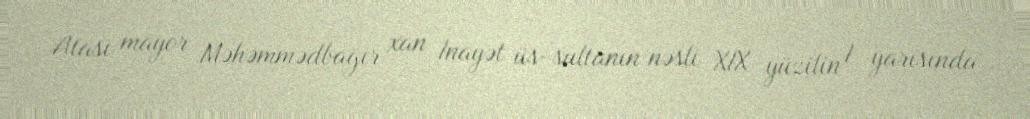
Atası mayor Məhəmmədbağır xan Inayət üs-sultanın nəsli XIX yüzilin I yarısında